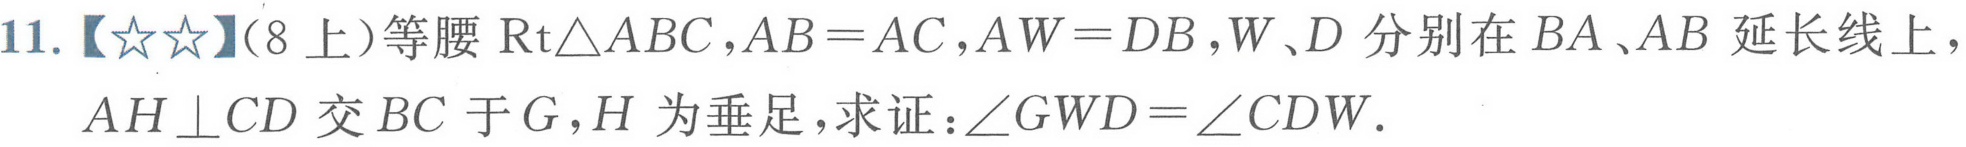
11.【★★】(8上)等腰$\text{Rt}\triangle ABC$,$AB = AC$,$AW = DB$,$W、D$分别在$BA、AB$延长线上，$AH\perp CD$交$BC$于$G$，$H$为垂足，求证：$\angle GWD=\angle CDW$.